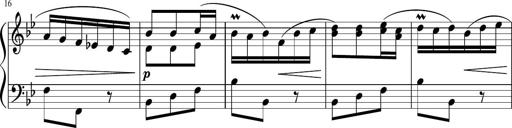
Title: 12 Keyboard Sonatinas
Composer: James Hook